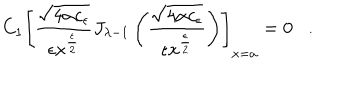
C _ { 1 } \left[ \frac { \sqrt { 4 \alpha c _ { \epsilon } } } { \epsilon x ^ { \frac { \epsilon } { 2 } } } J _ { { \lambda } - 1 } \left( \frac { \sqrt { 4 \alpha c _ { \epsilon } } } { \epsilon x ^ { \frac { \epsilon } { 2 } } } \right) \right] _ { x = a } = 0 .